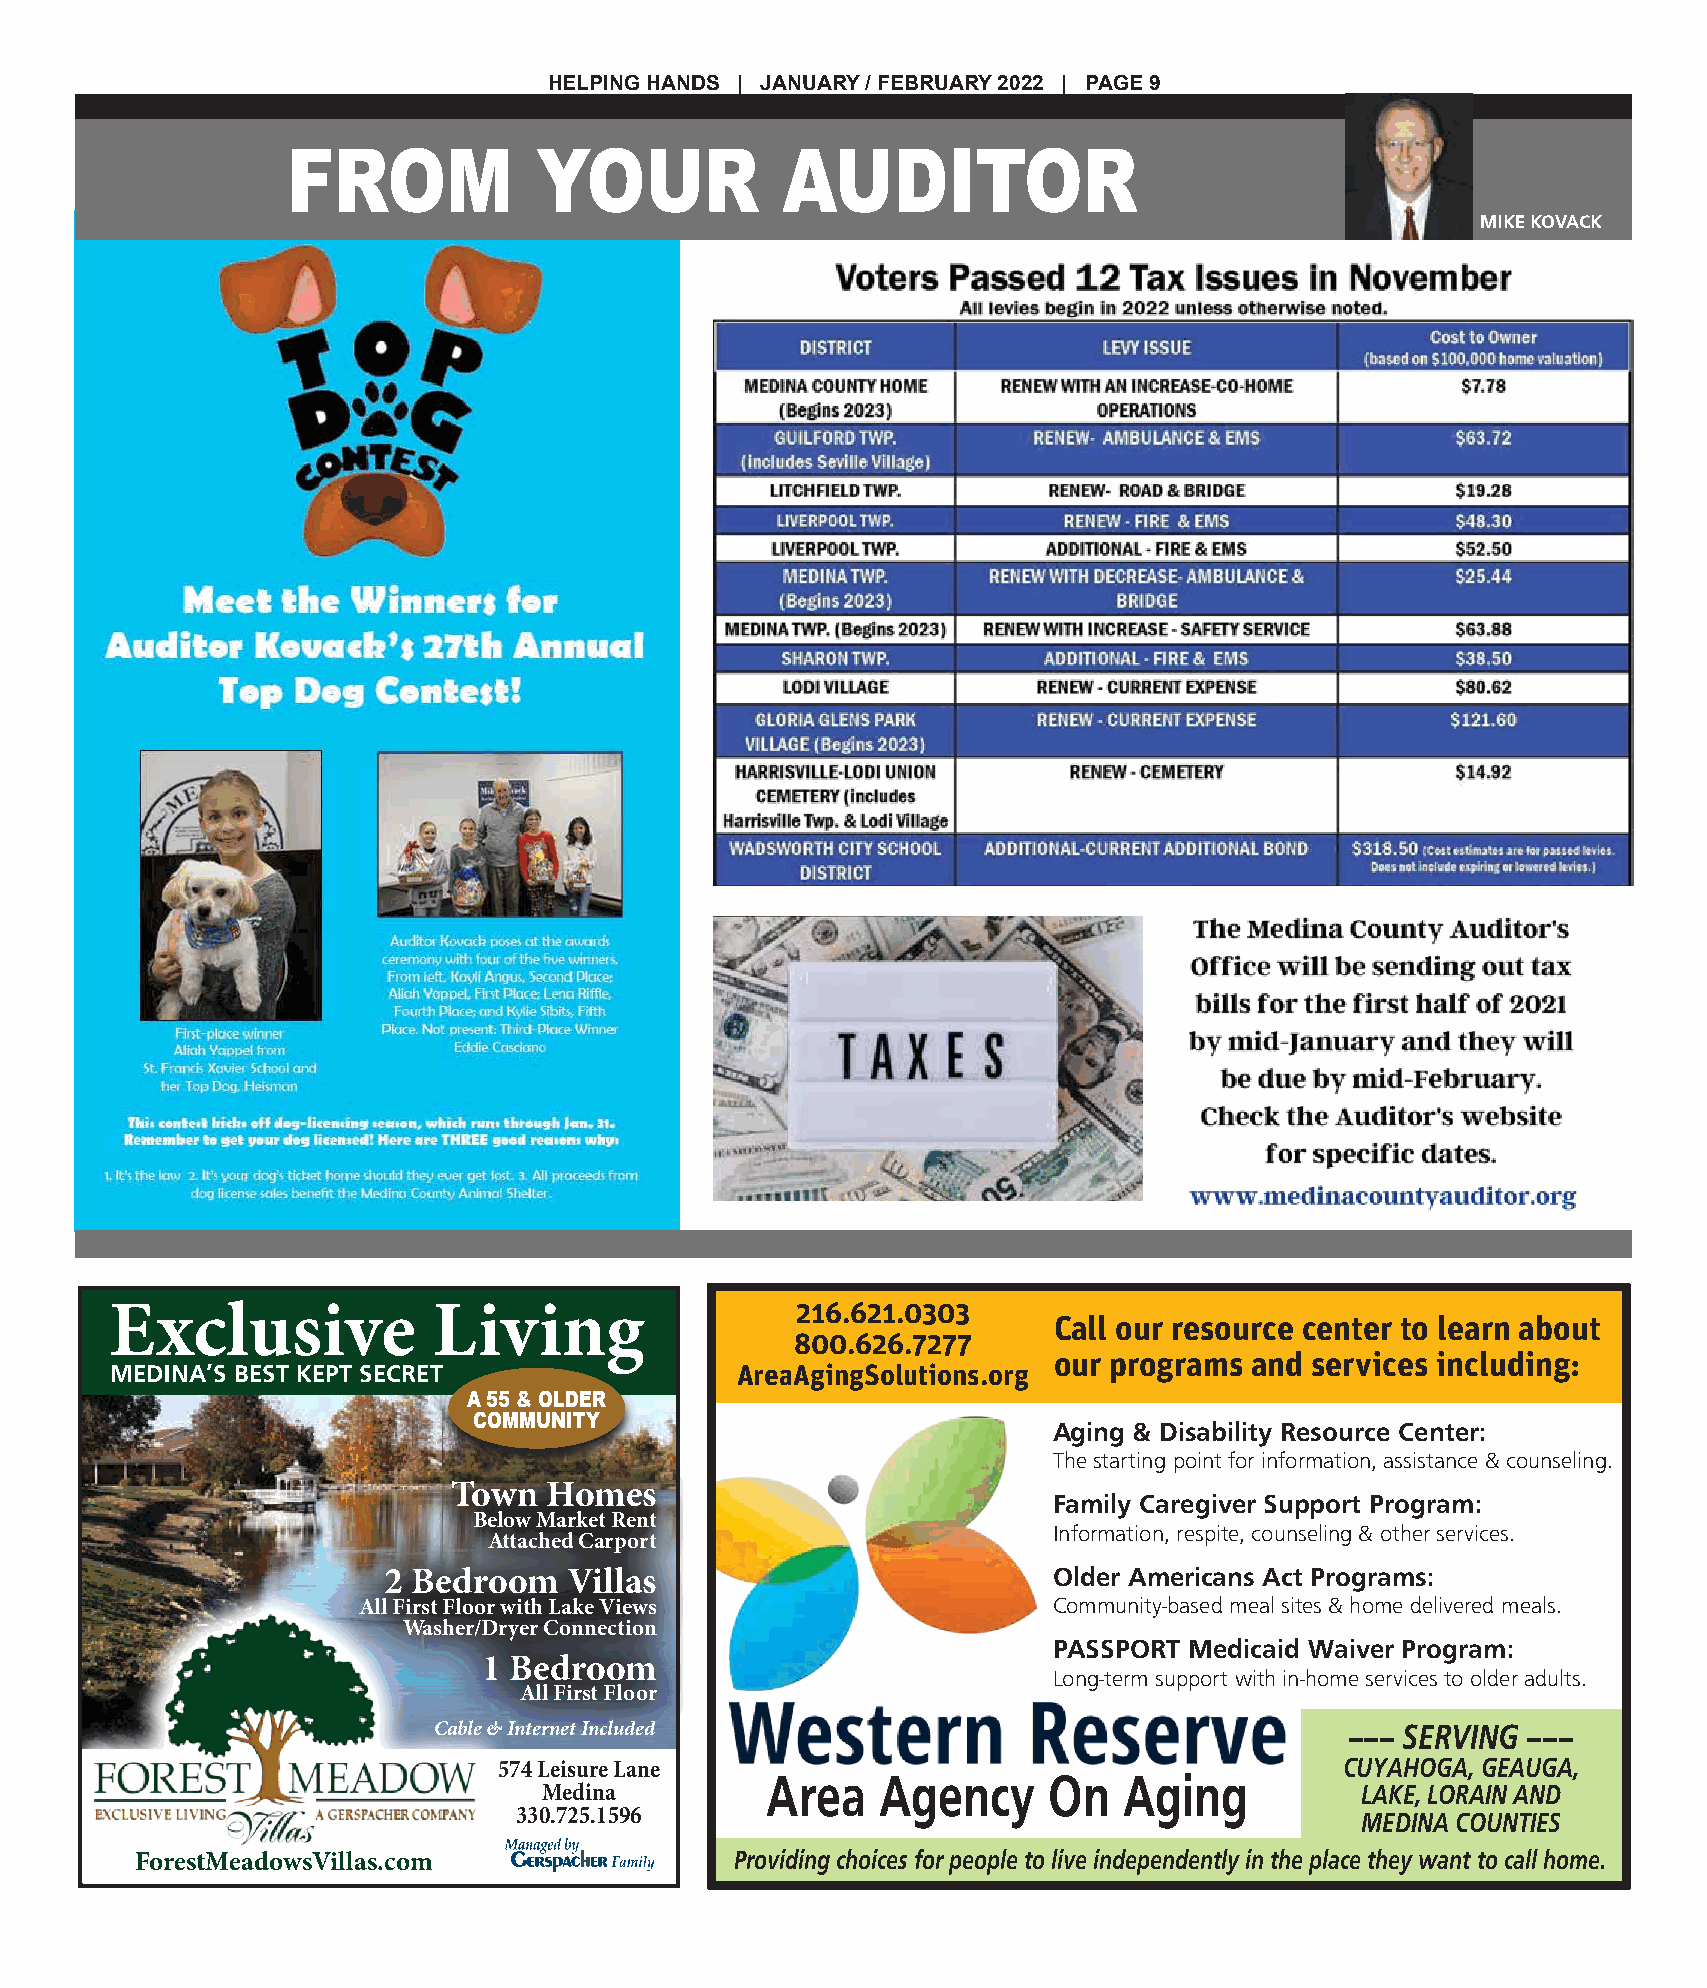
HELPING HANDS | JANUARY / FEBRUARY 2022 | PAGE 9
 FROM            YOUR             AUDITOR
 MIKE KOVACK
 Exclusive             Living                  216.621.0303
 Call our resource center to learn about
 800.626.7277
 our programs and services including:
 MEDINA’S BEST KEPT SECRET                 AreaAgingSolutions.org
 A 55 & OLDER
 COMMUNITY
 Aging & Disability Resource Center:
 The starting point for information, assistance & counseling.
 For Ages
 Town  Homes
 55 and                           Family Caregiver Support Program:
 Below M aBrektette Rre!nt
 Information, respite, counseling & other services.
 Attached Carport
 2 BT eo dw ron o mH o Vm ille as s           Older Americans Act Programs:
 All First FloB oe rl o ww it hM La ark kee t V R ie en wt s Community-based meal sites & home delivered meals.
 Washer/DArtytaerc hCeodn Cnaercptioornt
 PASSPORT Medicaid Waiver Program:
 2 Bedroom    Villas
 1 Bedroom
 Long-term support with in-home services to older adults.
 All First Floor
 All First Floor
 Lake Views
 WasChaebr/lDe &ry Ienrt eCronnetn Iencctliuodnesd              ––– SERVING –––
 1 Bedroom
 CUYAHOGA, GEAUGA,
 574 Leisure Lane
 Area   Agency     On   Aging
 AlMl Feidrsitn Faloor                                   LAKE, LORAIN AND
 Cable & Inte3r3n0e.t7 i2n5c.l1u5d9e6d                           MEDINA COUNTIES
 574 Leisure Lane • Medina
 330F.7o2r5e.1s5t9M6eadowsVillas.com       Providing choices for people to live independently in the place they want to call home.